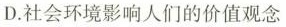
D.社会环境影响人们的价值观念